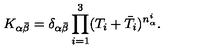
K _ { \alpha \bar { \beta } } = \delta _ { \alpha \bar { \beta } } \prod _ { i = 1 } ^ { 3 } ( T _ { i } + \bar { T } _ { i } ) ^ { n _ { \alpha } ^ { i } } .